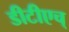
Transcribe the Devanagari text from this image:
डीटीएच्‌